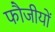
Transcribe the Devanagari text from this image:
फौजीयों